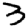
Digit: 3